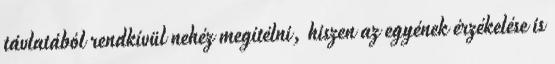
távlatából rendkívül nehéz megítélni, hiszen az egyének érzékelése is